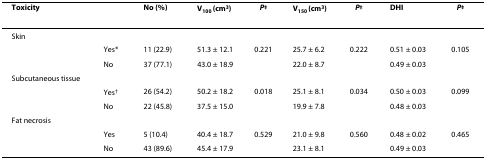
| Toxicity |  | No (%) | V100 (cm3) | P‡ | V150 (cm3) | P‡ | DHI | P‡ |
 | --- | --- | --- | --- | --- | --- | --- | --- | --- |
 | Skin |  |  |  |  |  |  |  |  |
 |  | Yes* | 11 (22.9) | 51.3 ± 12.1 | 0.221 | 25.7 ± 6.2 | 0.222 | 0.51 ± 0.03 | 0.105 |
 |  | No | 37 (77.1) | 43.0 ± 18.9 |  | 22.0 ± 8.7 |  | 0.49 ± 0.03 |  |
 | Subcutaneous tissue |  |  |  |  |  |  |  |  |
 |  | Yes† | 26 (54.2) | 50.2 ± 18.2 | 0.018 | 25.1 ± 8.1 | 0.034 | 0.50 ± 0.03 | 0.099 |
 |  | No | 22 (45.8) | 37.5 ± 15.0 |  | 19.9 ± 7.8 |  | 0.48 ± 0.03 |  |
 | Fat necrosis |  |  |  |  |  |  |  |  |
 |  | Yes | 5 (10.4) | 40.4 ± 18.7 | 0.529 | 21.0 ± 9.8 | 0.560 | 0.48 ± 0.02 | 0.465 |
 |  | No | 43 (89.6) | 45.4 ± 17.9 |  | 23.1 ± 8.1 |  | 0.49 ± 0.03 |  |